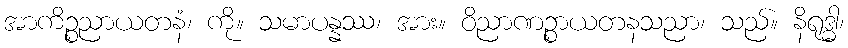
အာကိဉ္စညာယတနံ၊ ကို။ သမာပန္နဿ၊ အား။ ဝိညာဏဉ္စာယတနသညာ၊ သည်။ နိရုဒ္ဓါ၊